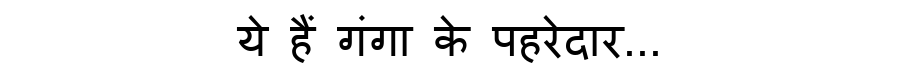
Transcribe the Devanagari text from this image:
ये हैं गंगा के पहरेदार...